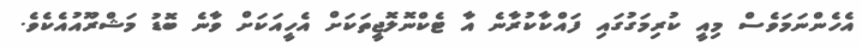
އެހެންނަމަވެސް މިއީ ކުރިމަގުގައި ފައްކާކުރާނެ އާ ޓެކްނޮލޮޖީތަކަށް އެހީއަކަށް ވާނެ ބޮޑު މަޝްރޫއުއެކެވެ.